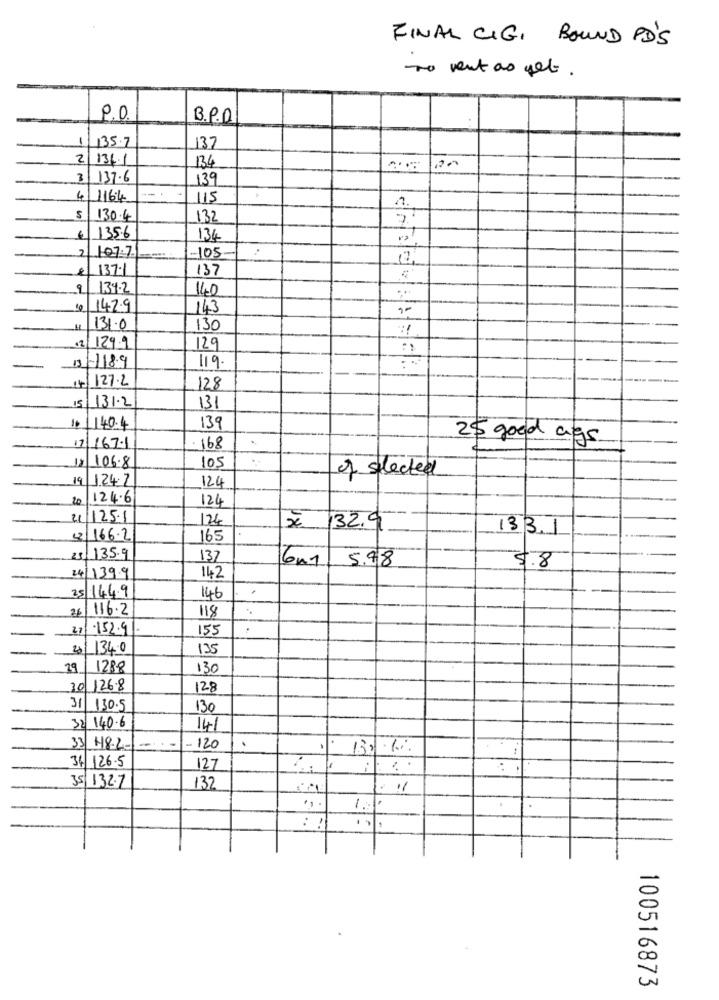
FINAL CIGI BOUND PD'S
to vent as yet.
9.0
B.P.D.
135.7
-
137
2/13/1
134
12.00
3 137.6
139
4 1164
115
130.4
132
7.
135.6
134
-105
107.7
137.1
137
9 134.2
140
...
10 14.2.9
143
131.0
130
12 1299
129
13 -1189
119-
14/127.2
-
128
15/131.2
131
139
1. 140.4
25 good ags
17 167-1
168
106.8
105
of selected
19 124.2
120
20
124.6
124
21/125-1
124
32.9
133.1
32 166.2
165
25 135.9
137
6m1
5.98
5.8
24 139.9
142
25 144.9
146
26
116.2
118
21
-152.9
155
134.0
135
29 1288
130
30 126.8
128
31 130.5
130
32 140.6
14
33 H8-2
120
132 .6 .
34 126-5
127
35 132.7
132
11
1.1
100516873